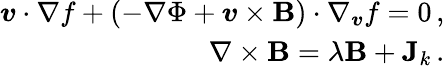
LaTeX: \begin{array}{r}{\boldsymbol{v}\cdot\nabla f+\left(-\nabla\Phi+\boldsymbol{v}\times\textbf{B}\right)\cdot\nabla_{\boldsymbol{v}}f=0\, ,}\\ {\nabla\times\textbf{B}=\lambda\textbf{B}+\textbf{J}_{k}\, .}\end{array}